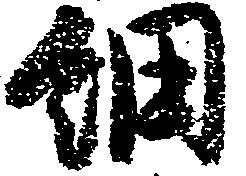
細